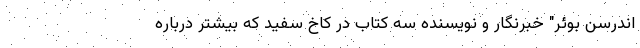
اندرسن بوئر" خبرنگار و نویسنده سه کتاب در کاخ سفید که بیشتر درباره